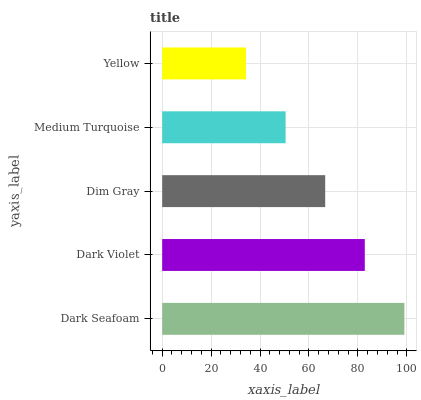
| yaxis_label | bars |
 | --- | --- |
 | Dark Seafoam | 99 |
 | Dark Violet | 82.8 |
 | Dim Gray | 66.6 |
 | Medium Turquoise | 50.4 |
 | Yellow | 34.3 |